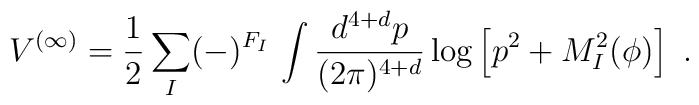
V^{(\infty)}=\frac{1}{2} \sum_I (-)^{F_I} \, \int\frac{d^{4+d}p}{(2\pi)^{4+d}}\log\left[p^2+M^2_{I}(\phi)\right]\ .